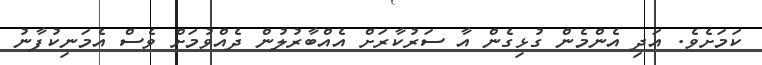
ކަމަށެވެ. އަދި އެންމެން ގުޅިގެން އާ ސަރުކާރަށް އެއްބާރުލުން ދެއްވުމަށް ވެސް އެމަނިކުފާނު